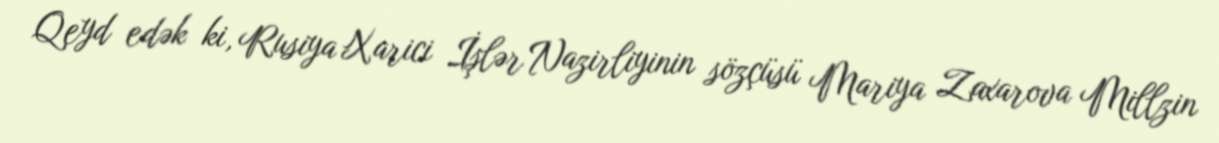
Qeyd edək ki, Rusiya Xarici İşlər Nazirliyinin sözçüsü Mariya Zaxarova Millzin